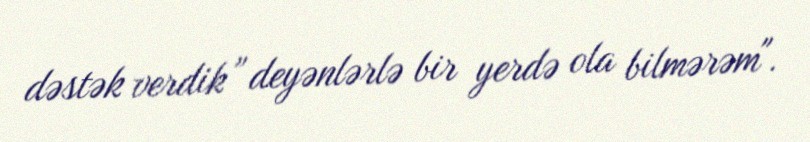
dəstək verdik” deyənlərlə bir yerdə ola bilmərəm".